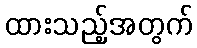
ထားသည့်အတွက်